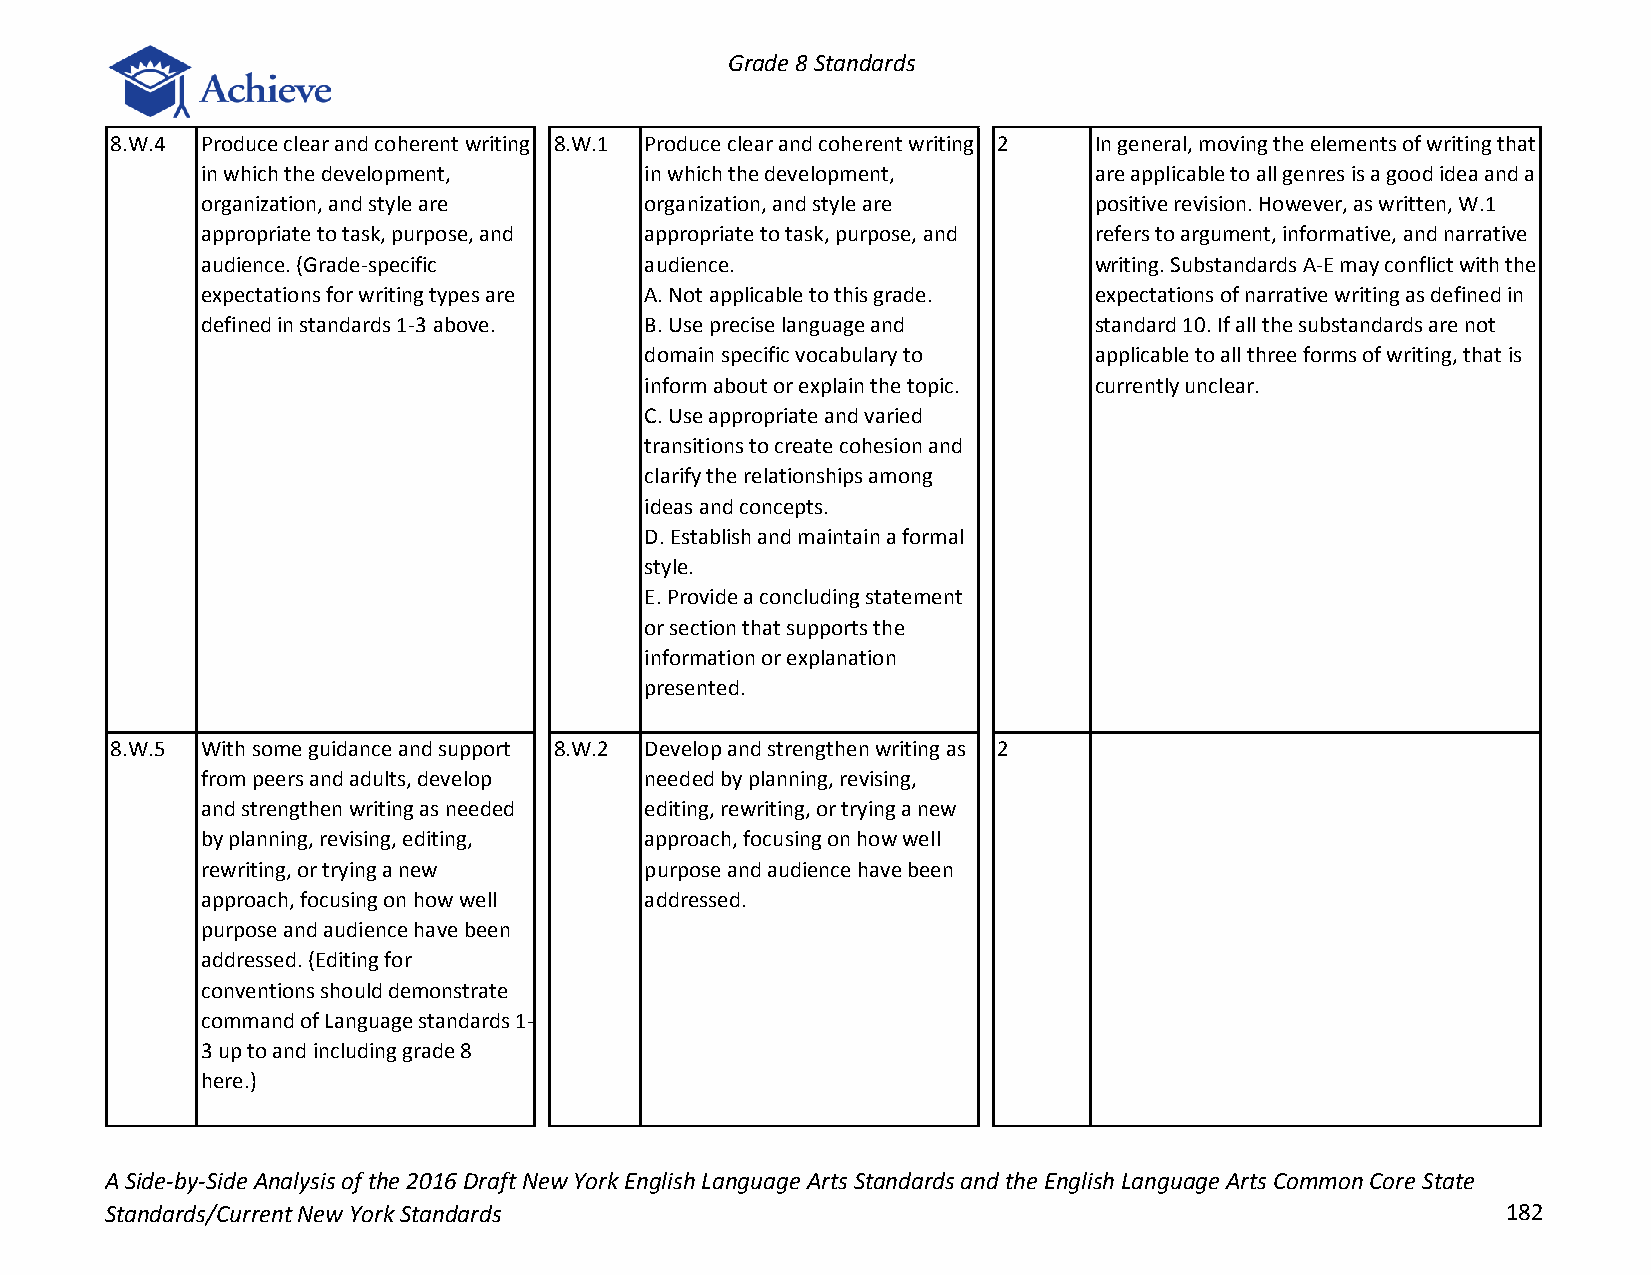
Grade 8 Standards
 8.W.4 Produce clear and coherent writing 8.W.1 Produce clear and coherent writing 2 In general, moving the elements of writing that
 in which the development,     in which the development,    are applicable to all genres is a good idea and a
 organization, and style are   organization, and style are  positive revision. However, as written, W.1
 appropriate to task, purpose, and appropriate to task, purpose, and refers to argument, informative, and narrative
 audience. (Grade-specific     audience.                    writing. Substandards A-E may conflict with the
 expectations for writing types are A. Not applicable to this grade. expectations of narrative writing as defined in
 defined in standards 1-3 above. B. Use precise language and standard 10. If all the substandards are not
 domain specific vocabulary to applicable to all three forms of writing, that is
 inform about or explain the topic. currently unclear.
 C. Use appropriate and varied
 transitions to create cohesion and
 clarify the relationships among
 ideas and concepts.
 D. Establish and maintain a formal
 style.
 E. Provide a concluding statement
 or section that supports the
 information or explanation
 presented.
 8.W.5 With some guidance and support 8.W.2 Develop and strengthen writing as 2
 from peers and adults, develop needed by planning, revising,
 and strengthen writing as needed editing, rewriting, or trying a new
 by planning, revising, editing, approach, focusing on how well
 rewriting, or trying a new    purpose and audience have been
 approach, focusing on how well addressed.
 purpose and audience have been
 addressed. (Editing for
 conventions should demonstrate
 command of Language standards 1-
 3 up to and including grade 8
 here.)
 A Side-by-Side Analysis of the 2016 Draft New York English Language Arts Standards and the English Language Arts Common Core State
 Standards/Current New York Standards                                                         182